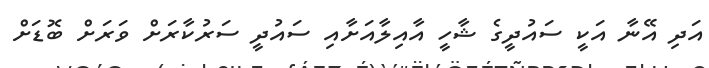
އަދި އޭނާ އަކީ ސައުދީގެ ޝާހީ އާއިލާއަށާއި ސައުދީ ސަރުކާރަށް ވަރަށް ބޮޑަށް